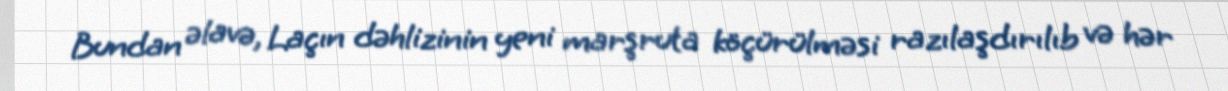
Bundan əlavə, Laçın dəhlizinin yeni marşruta köçürülməsi razılaşdırılıb və hər